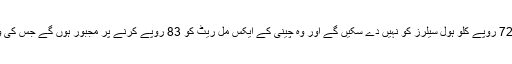
83 روپے کلو کی پیداواری لاگت سے بنائی گئی چینی شوگر ملیں مزید کچھ ہفتے 72 روپے کلو ہول سیلرز کو نہیں دے سکیں گے اور وہ چینی کے ایکس مل ریٹ کو 83 روپے کرنے پر مجبور ہوں گے جس کی وجہ سے ملک بھر میں چینی کے ریٹ میں اسی تناسب سے مزید اضافہ متوقع ہے ۔